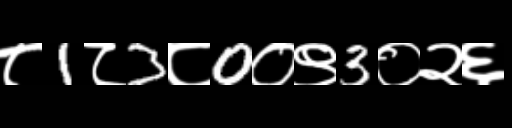
Text: ८1८3८0०९3०२६